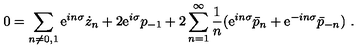
0 = \sum _ { n \neq 0 , 1 } \mathrm { e } ^ { i n \sigma } \dot { z } _ { n } + 2 \mathrm { e } ^ { i \sigma } p _ { - 1 } + 2 \sum _ { n = 1 } ^ { \infty } { \frac { 1 } { n } } ( \mathrm { e } ^ { i n \sigma } \bar { p } _ { n } + \mathrm { e } ^ { - i n \sigma } \bar { p } _ { - n } ) \ .